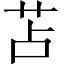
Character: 苫